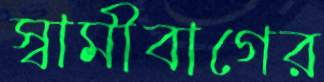
স্বামীবাগের